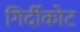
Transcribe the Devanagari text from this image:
गिर्दीकोट